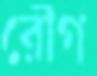
রৌগ